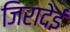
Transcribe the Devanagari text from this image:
जिरादेई